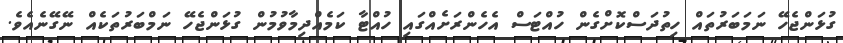
ގުޅަންޖެހޭ ނަމަބަރުތައް ހިތުދަސްކޮށްގެން ހުއްޓަސް އެހެންރަށެއްގައި ހުއްޓާ ކަމެއްދިމާވުމުން ގުޅަންޖެހޭ ނަމްބަރުތަކެއް ނޭގޭނެއެވެ.